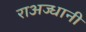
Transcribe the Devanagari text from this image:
राअज्धानी